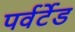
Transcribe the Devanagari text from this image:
पर्वर्टेड